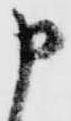
申